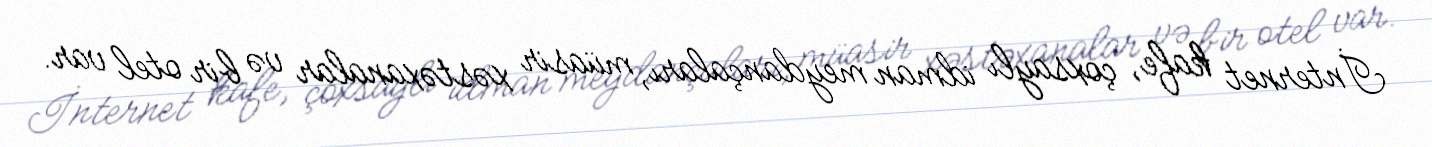
İnternet kafe, çoxsaylı idman meydançaları, müasir xəstəxanalar və bir otel var.